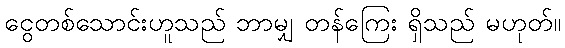
ငွေတစ်သောင်းဟူသည် ဘာမျှ တန်ကြေး ရှိသည် မဟုတ်။